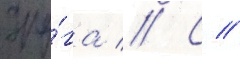
дру́га // С //